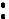
: